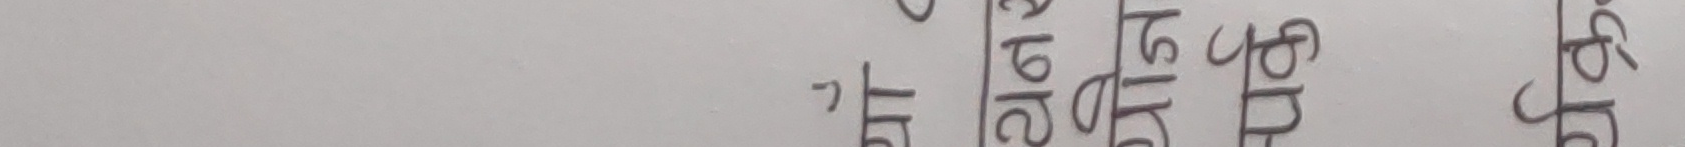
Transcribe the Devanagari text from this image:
प्रति छापो